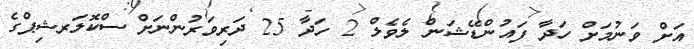
އަށް ވަނުމަށް ހަދާ ފައުންޑޭޝަން ލެވެލް 2 ހަދާ 25 ދަރިވަރުންނަށް ސްކޮލަރޝިޕްގެ